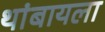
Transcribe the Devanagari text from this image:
थांबायला